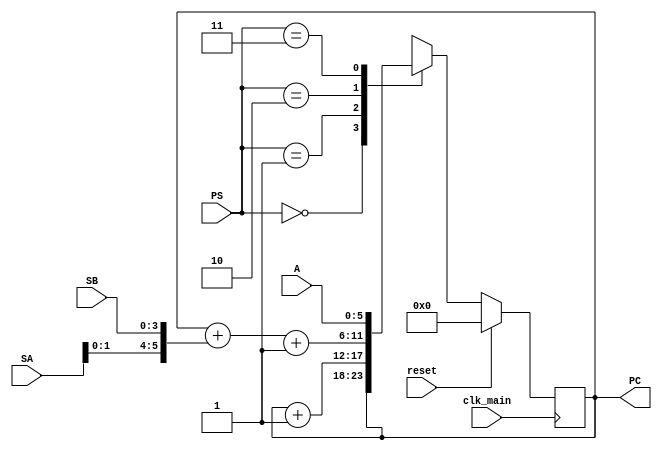
`timescale 1ns / 1ps

module program_counter(
	input [5:0] A,
	input [3:0] SA, SB,
	input [1:0] PS,
	input clk_main, reset,
	output reg [5:0] PC
	);

always @(posedge clk_main)
	begin
		if(reset)
			PC <= 16'b0;
		else begin
			case(PS)
			2'b00: begin PC <= PC; end
			2'b01: begin PC <= PC + 1'b1; end
			2'b10: begin PC <= PC +({SA[1:0], SB})+1'b1; end
			2'b11: begin PC <= A; end
			endcase
		end
	end
						
endmodule